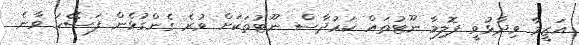
އަޒީމާ ވިދާޅުވީ ޕޮލިމާ ނޫޓުތައް ކަރުދާސް ނޫޓުތަކަށް ވުރެ ގެންގުޅެން ފަސޭހަ ވާނެ